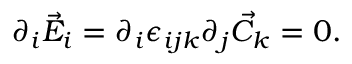
\partial _ { i } \vec { E } _ { i } = \partial _ { i } \epsilon _ { i j k } \partial _ { j } \vec { C } _ { k } = 0 .